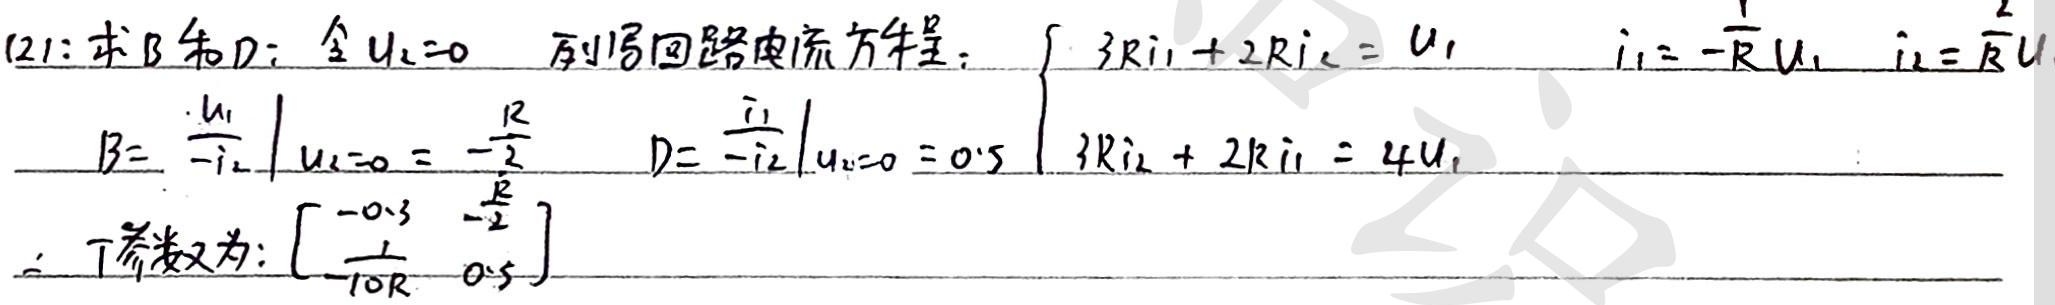
(2): 求 \(B\) 和 \(D\): 令 \(u_{2}=0\) ，列写回路电流方程：
\(\begin{cases}3Ri_{1}+2Ri_{2}=u_{1}\\i_{1}=-\frac{1}{R}u_{1}\\i_{2}=\frac{2}{R}u_{1}\\3Ri_{2}+2Ri_{1}=4u_{1}\end{cases}\)
\(B = \left.\frac{u_{1}}{-i_{2}}\right|_{u_{2}=0}=-\frac{R}{2}\)，\(D=\left.\frac{i_{1}}{-i_{2}}\right|_{u_{2}=0}=0.5\)
\(\therefore\) 传输参数为: \(\begin{bmatrix}-0.3&-\frac{R}{2}\\\frac{1}{- 10R}&0.5\end{bmatrix}\)